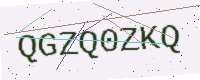
Text: QGZQ0ZKQ